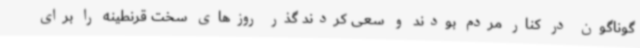
گوناگون در کنار مردم بودند و سعی کردند گذر روزهای سخت قرنطینه را برای